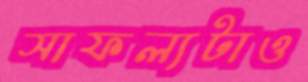
সাফল্যটাও